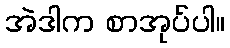
အဲဒါက စာအုပ်ပါ။